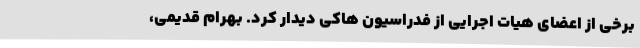
برخی از اعضای هیات اجرایی از فدراسیون هاکی دیدار کرد. بهرام قدیمی،